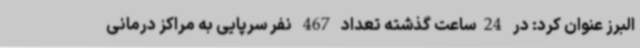
البرز عنوان کرد: در 24ساعت گذشته تعداد 467 نفر سرپایی به مراکز درمانی